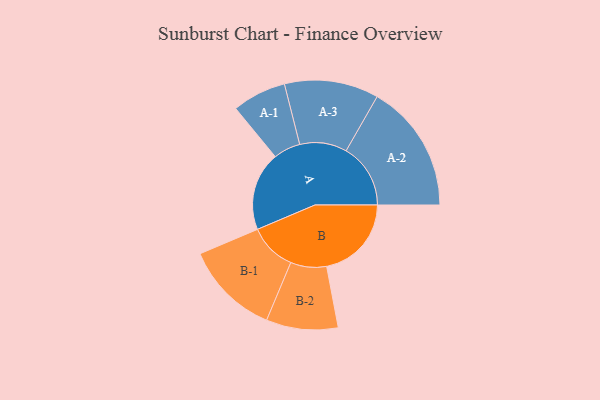
{"axis": {"x": "Segment", "y": "Value"}, "legend": ["", "A", "B"], "data": [{"x": "A", "y": 309, "type": ""}, {"x": "B", "y": 333, "type": ""}, {"x": "A-1", "y": 106, "type": "A"}, {"x": "A-2", "y": 253, "type": "A"}, {"x": "A-3", "y": 185, "type": "A"}, {"x": "B-1", "y": 186, "type": "B"}, {"x": "B-2", "y": 141, "type": "B"}]}